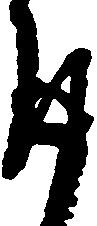
返